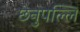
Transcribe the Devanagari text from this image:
छेनुपल्लि